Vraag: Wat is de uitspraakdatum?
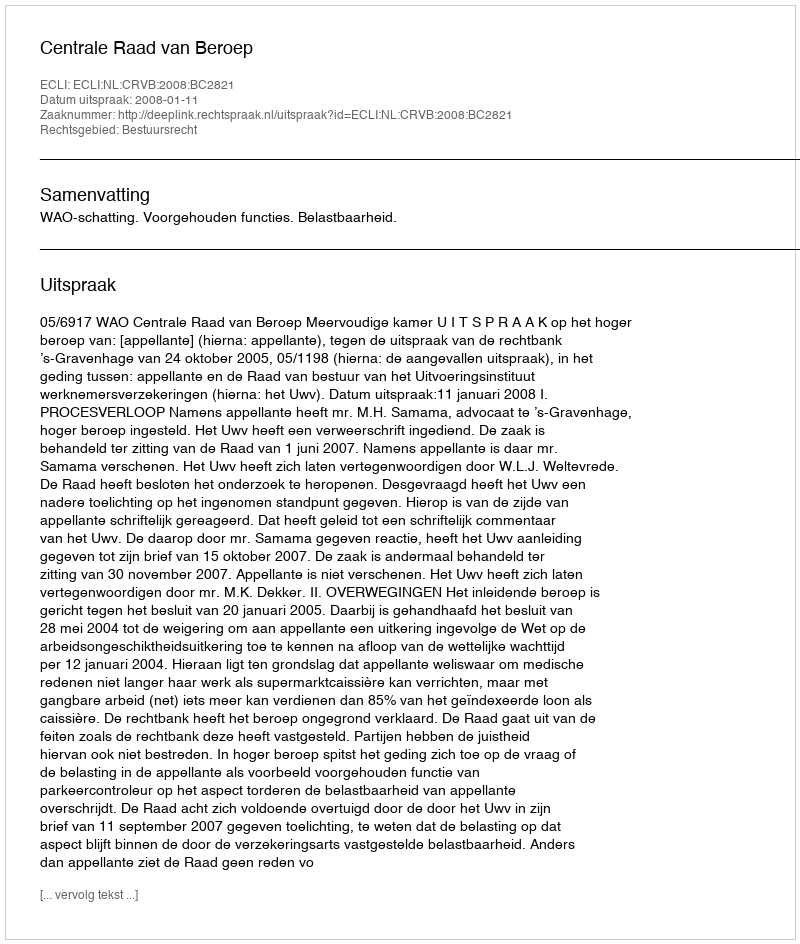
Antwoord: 2008-01-11